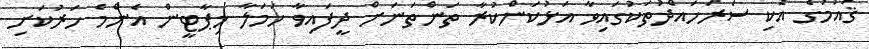
ޤައުމުގެ އެކި ސަރަހައްދުތަކުގައިވާ އަޅުކަންކުރާ ތަންތަނަށް ދީފައިވާ ހަމަލާ މިޕާޓީން އެންމެ ހަރުކަށި